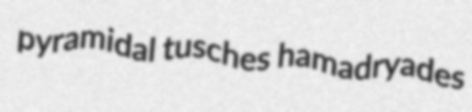
pyramidal tusches hamadryades